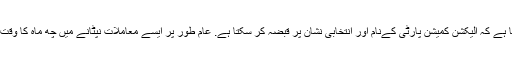
ماہرین کا کہنا ہے کہ الیکشن کمیشن پارٹی کےنام اور انتخابی نشان پر قبضہ کر سکتا ہے. عام طور پر ایسے معاملات نپٹانے میں چھ ماہ کا وقت لگ جاتا ہے۔